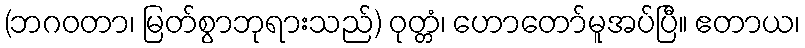
(ဘဂဝတာ၊ မြတ်စွာဘုရားသည်) ဝုတ္တံ၊ ဟောတော်မူအပ်ပြီ။ ဧတာယ၊